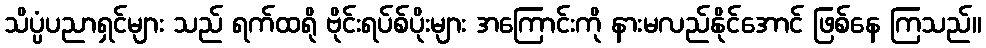
သိပ္ပံပညာရှင်များ သည် ရက်ထရို ဗိုင်းရပ်စ်ပိုးများ အကြောင်းကို နားမလည်နိုင်အောင် ဖြစ်နေ ကြသည်။